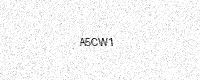
Text: A5CW1